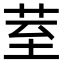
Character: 荎